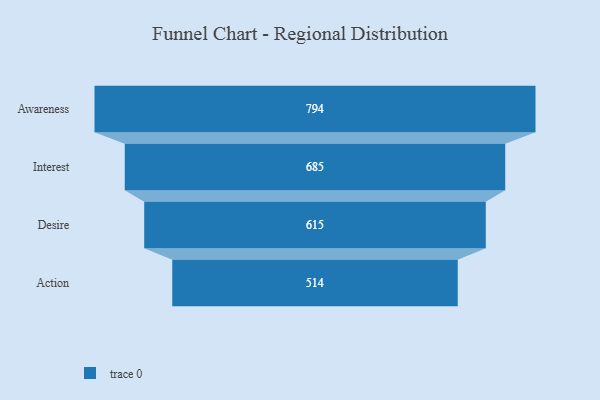
{"axis": {"x": "Stage", "y": "Value"}, "legend": [""], "data": [{"x": "Awareness", "y": 794.0, "type": ""}, {"x": "Interest", "y": 685.0, "type": ""}, {"x": "Desire", "y": 615.0, "type": ""}, {"x": "Action", "y": 514.0, "type": ""}]}